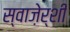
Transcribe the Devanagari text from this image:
स्वाज़ेर्शी